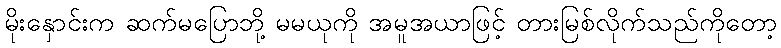
မိုးနှောင်းက ဆက်မပြောဘို့ မမယုကို အမူအယာဖြင့် တားမြစ်လိုက်သည်ကိုတော့